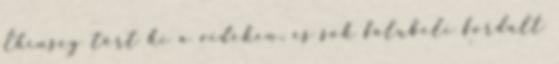
Éhínség tört ki a vidéken, és sok falubeli fordult